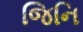
જિનિ